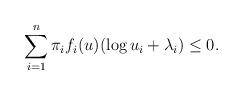
LaTeX: \begin{align*} \sum_{i=1}^n\pi_i f_i(u)(\log u_i+\lambda_i)\le 0.\end{align*}